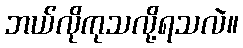
ဘယ်လိုကုသလို့ရသလဲ။